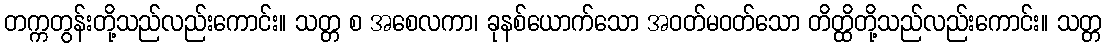
တက္ကတွန်းတို့သည်လည်းကောင်း။ သတ္တ စ အစေလကာ၊ ခုနစ်ယောက်သော အဝတ်မဝတ်သော တိတ္ထိတို့သည်လည်းကောင်း။ သတ္တ